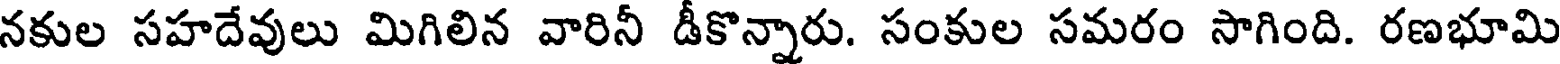
నకుల సహదేవులు మిగిలిన వారినీ డీకొన్నారు. సంకుల సమరం సాగింది. రణభూమి